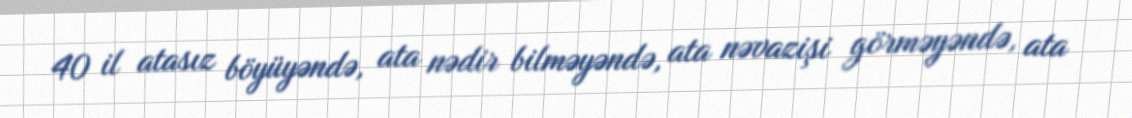
40 il atasız böyüyəndə, ata nədir bilməyəndə, ata nəvazişi görməyəndə, ata